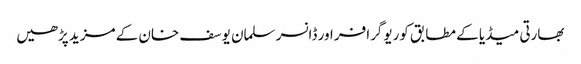
بھارتی میڈیا کے مطابق کوریوگرافر اور ڈانسر سلمان یوسف خان کے مزید پڑھیں